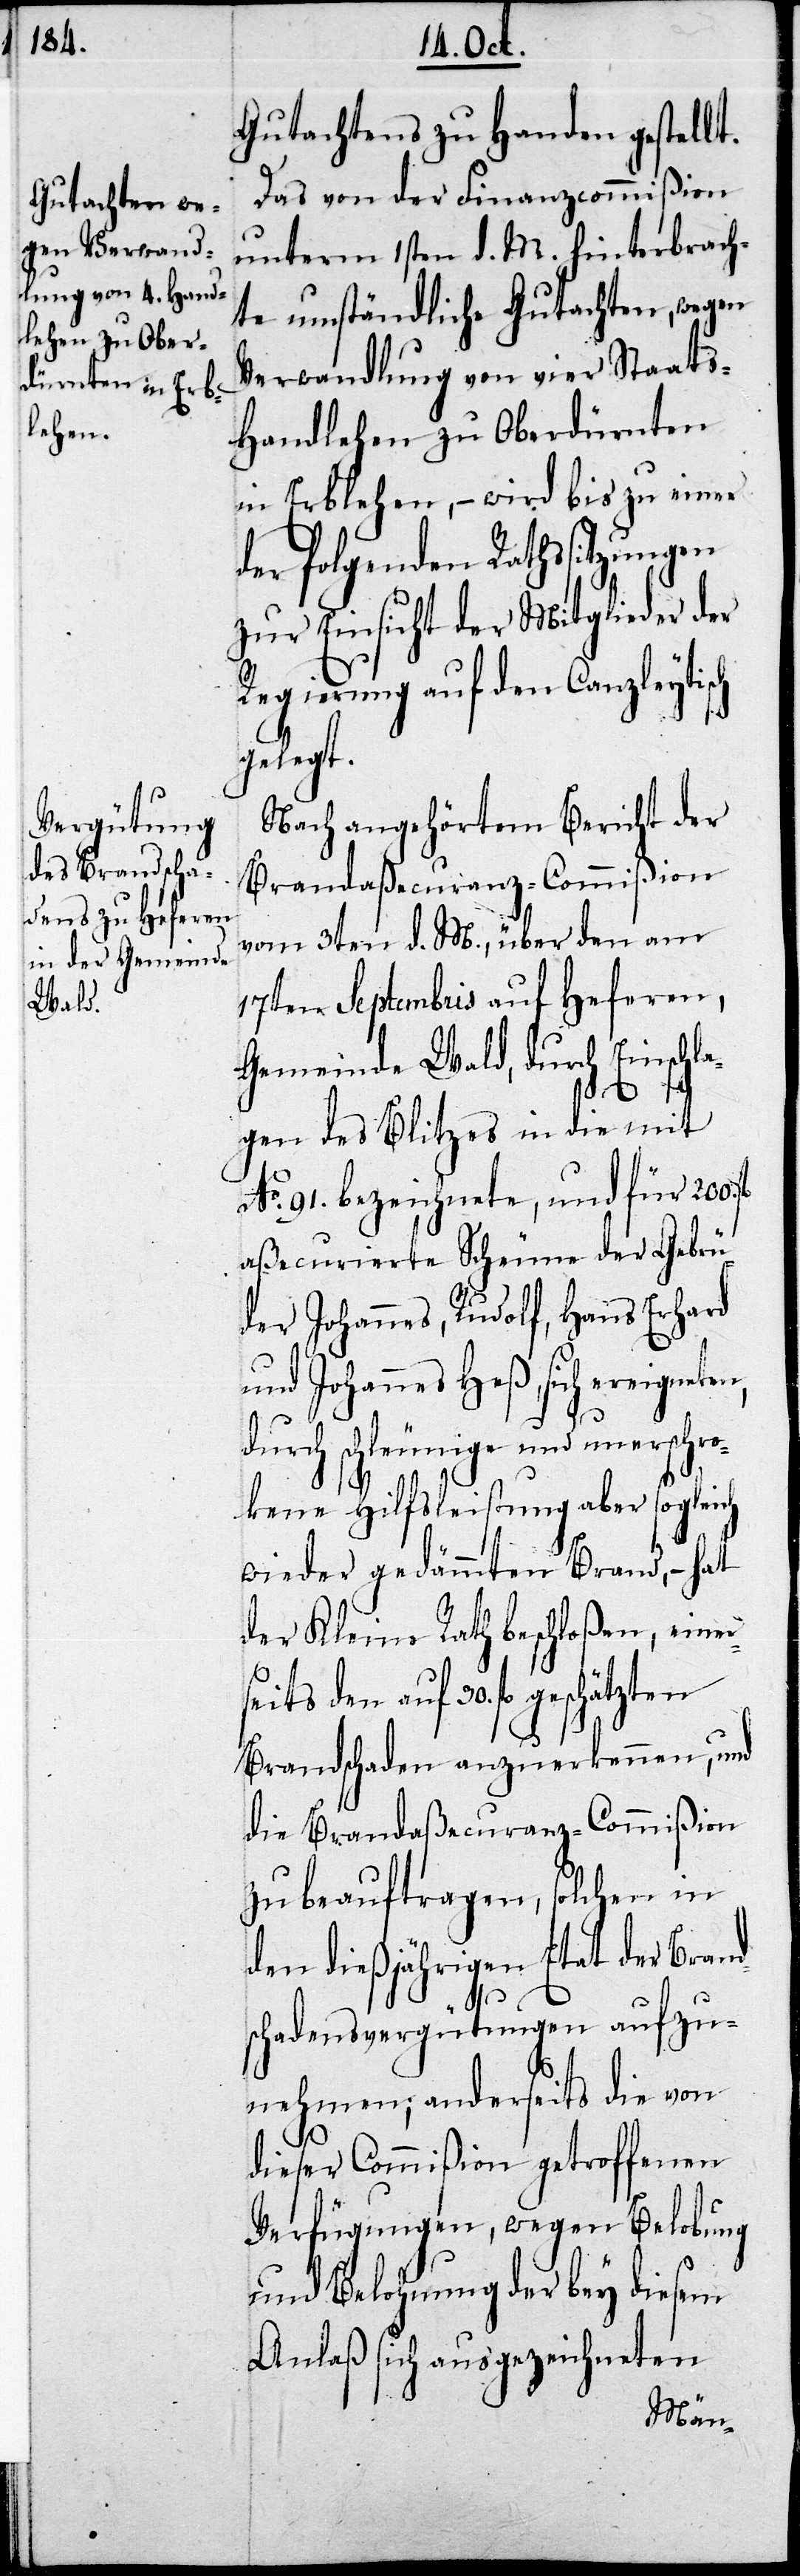
Gutachtens zu Handen gestellt.
Das von der Finanzcommißion
unterm 1sten d. M. hinterbrach¬
te umständliche Gutachten, wegen
Verwandlung von vier Staats¬
handlehen zu Oberdürnten
in Erblehen, – wird bis zu einer
der folgenden Rathssitzungen
zur Einsicht der Mitglieder der
Regierung auf den Canzleyti¬
gelegt.
Nach angehörtem Bericht der
Brandaßecuranz-Commißion
vom 3ten d. M., über den am
17ten Septembris auf Heferen,
Gemeinde Wald, durch Einschla¬
30. fl
gen des Blitzes in die mit
No. 91. bezeichnete, und für 200.
aßecurierte Scheune der Gebrü¬
der Johannes, Rudolf, Hans Erhard
und Johannes Heß, sich ereignete¬
durch schleunige und unerschr¬
okene Hilfsleistung aber sogleich
wieder gedämmten Brand, – hat
der Kleine Rath beschloßen, einer¬
seits den auf den
Brandschaden anzuerkennen, und
die Brandaßecuranz-Commißion
zu beauftragen, solchen in
den dießjährigen Etat der Brand¬
schadensvergütungen aufzu¬
nehmen; anderseits die von
dieser Commißion getroffenen
Verfügungen, wegen Belobung
und Belohnung der bey diesem
Anlaß sich ausgezeichneten